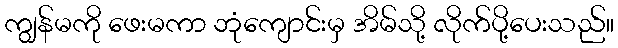
ကျွန်မကို ဖေးမကာ ဘုံကျောင်းမှ အိမ်သို့ လိုက်ပို့ပေးသည်။